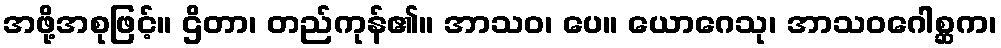
အဖို့အစုဖြင့်။ ဌိတာ၊ တည်ကုန်၏။ အာသဝ၊ ပေ။ ယောဂေသု၊ အာသဝဂေါစ္ဆက၊